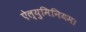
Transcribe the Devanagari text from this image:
ऐल्युमिनियम।